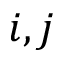
i , j